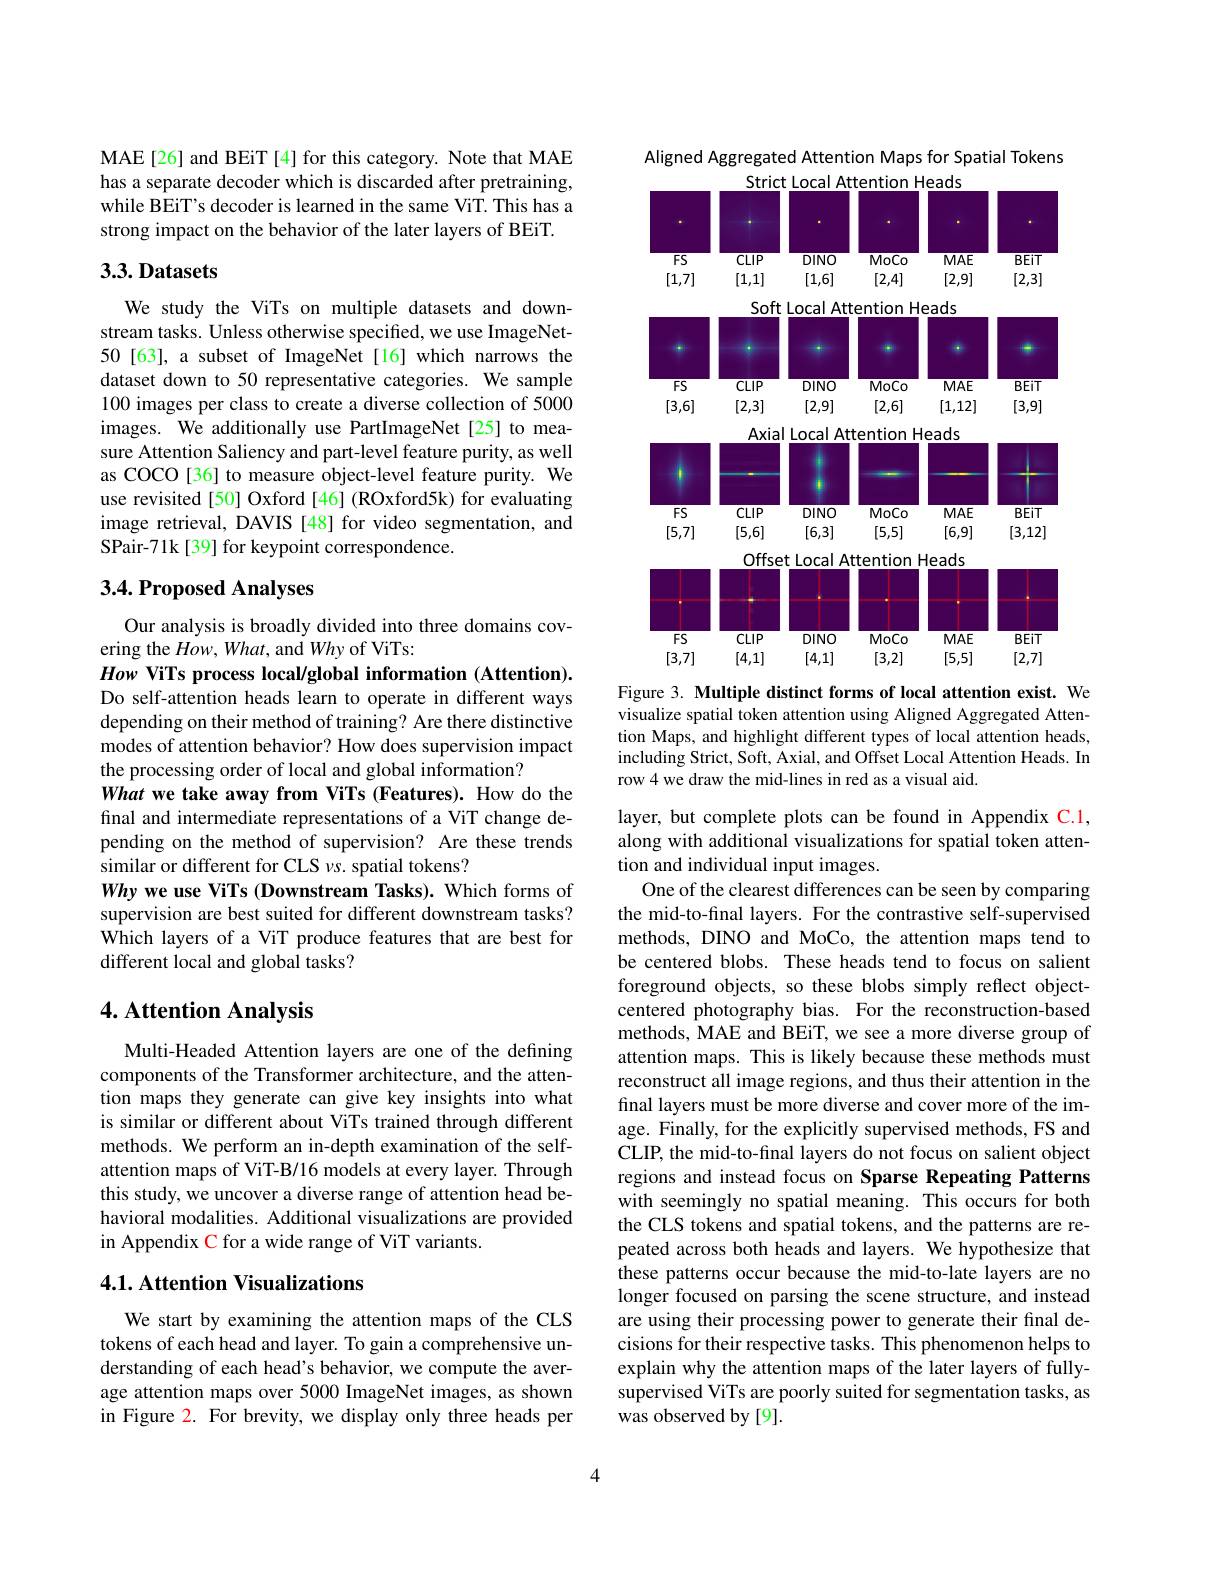
MAE[26] and BEiT[4] for this category. Note that MAE has a separate decoder which is discarded after pretraining, while BEiT's decoder is learned in the same ViT. This has a strong impact on the behavior of the later layers of BEiT.

### 3.3.Datasets

We study the ViTs on multiple datasets and downstream tasks. Unless otherwise specified, we use ImageNet- 50 [63], a subset of ImageNet [16] which narrows the dataset down to 50 representative categories. We sample 100 images per class to create a diverse collection of 5000 images. We additionally use PartImageNet[25] to measure Attention Saliency and part-level feature purity, as well as COCO[36] to measure object-level feature purity. We use revisited [50] Oxford [46] (ROxford5k) for evaluating image retrieval, DAVIS [48] for video segmentation, and SPair-71k[39] for keypoint correspondence.

## 3.4. Proposed Analyses

Our analysis is broadly divided into three domains cov-
ering the $How,What$, and Why of ViTs:
How ViTs process local/global information (Attention). Do self-attention heads learn to operate in different ways depending on their method of training? Are there distinctive modes of attention behavior? How does supervision impact the processing order of local and global information?
What we take away from ViTs (Features). How do the final and intermediate representations of a ViT change depending on the method of supervision? Are these trends similar or different for CLS $\nu s.$ spatial tokens?
Why we use ViTs (Downstream Tasks). Which forms of supervision are best suited for different downstream tasks? Which layers of a ViT produce features that are best for different local and global tasks?

## 4. Attention Analysis

Multi-Headed Attention layers are one of the defining components of the Transformer architecture, and the attention maps they generate can give key insights into what is similar or different about ViTs trained through different methods. We perform an in-depth examination of the selfattention maps of ViT-B/16 models at every layer. Through this study, we uncover a diverse range of attention head behavioral modalities. Additional visualizations are provided in Appendix C for a wide range of ViT variants.

## 4.1. Attention Visualizations

We start by examining the attention maps of the CLS tokens of each head and layer. To gain a comprehensive understanding of each head's behavior, we compute the average attention maps over 5000 ImageNet images, as shown in Figure 2. For brevity, we display only three heads per

Aligned Aggregated Attention Maps for Spatial Tokens
<FigureHere>

Figure 3. Multiple distinct forms of local attention exist. We

visualize spatial token attention using Aligned Aggregated Attention Maps, and highlight different types of local attention heads, including Strict, Soft, Axial, and Offset Local Attention Heads. In row 4 we draw the mid-lines in red as a visual aid.

layer, but complete plots can be found in Appendix C.1, along with additional visualizations for spatial token attention and individual input images.
One of the clearest differences can be seen by comparing the mid-to-final layers. For the contrastive self-supervised methods, DINO and MoCo, the attention maps tend to be centered blobs. These heads tend to focus on salient foreground objects, so these blobs simply reflect objectcentered photography bias. For the reconstruction-based methods, MAE and BEiT, we see a more diverse group of attention maps. This is likely because these methods must reconstruct all image regions, and thus their attention in the final layers must be more diverse and cover more of the image. Finally, for the explicitly supervised methods, FS and CLIP, the mid-to-final layers do not focus on salient object regions and instead focus on Sparse Repeating Patterns with seemingly no spatial meaning. This occurs for both the CLS tokens and spatial tokens, and the patterns are repeated across both heads and layers. We hypothesize that these patterns occur because the mid-to-late layers are no longer focused on parsing the scene structure, and instead are using their processing power to generate their final decisions for their respective tasks. This phenomenon helps to explain why the attention maps of the later layers of fullysupervised ViTs are poorly suited for segmentation tasks, as was observed by [9].

4